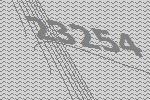
23254